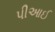
પીઆઈ